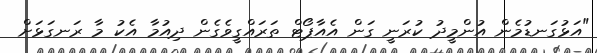
"އަޅުގަނޑުމެން އުންމީދު ކުރަނީ ގަން އެއާޕޯޓް ތަރައްގީވެގެން ދިއުމާ އެކު މާ ރަނގަޅަށް